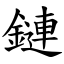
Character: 鏈